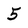
Character: 5